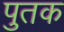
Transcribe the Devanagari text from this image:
पुतक